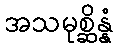
အသမုစ္ဆိန္နံ